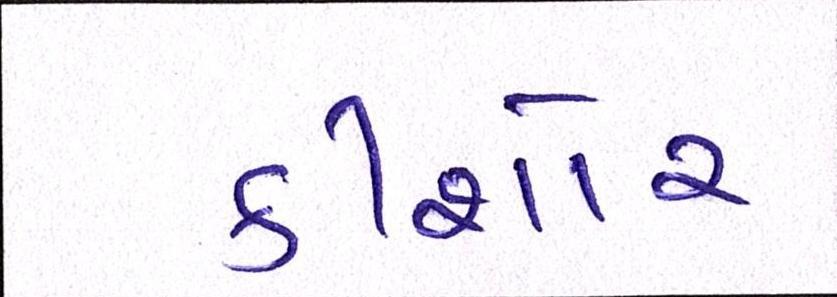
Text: કીશોર